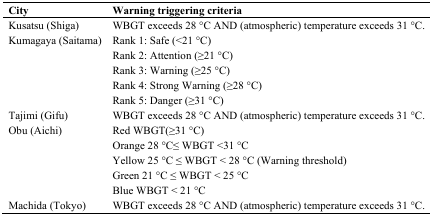
| City | Warning triggering criteria |
 | --- | --- |
 | Kusatsu (Shiga) | WBGT exceeds 28 °C AND (atmospheric) temperature exceeds 31 °C. |
 | Kumagaya (Saitama) | Rank 1: Safe (<21 °C) |
 | <ROWSPAN=4>  | Rank 2: Attention (≥21 °C) |
 | Rank 3: Warning (≥25 °C) |
 | Rank 4: Strong Warning (≥28 °C) |
 | Rank 5: Danger (≥31 °C) |
 | Tajimi (Gifu) | WBGT exceeds 28 °C AND (atmospheric) temperature exceeds 31 °C. |
 | <ROWSPAN=5> Obu (Aichi) | Red WBGT(≥31 °C) |
 | Orange 28 °C≤ WBGT <31 °C |
 | Yellow 25 °C ≤ WBGT < 28 °C (Warning threshold) |
 | Green 21 °C ≤ WBGT < 25 °C |
 | Blue WBGT < 21 °C |
 | Machida (Tokyo) | WBGT exceeds 28 °C AND (atmospheric) temperature exceeds 31 °C. |